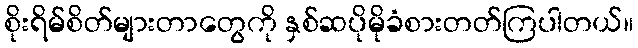
စိုးရိမ်စိတ်များတာတွေကို နှစ်ဆပိုမိုခံစားတတ်ကြပါတယ်။